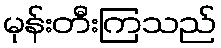
မုန်းတီးကြသည်